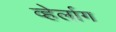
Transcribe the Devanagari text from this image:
व्हेर्लाग